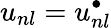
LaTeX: {u_{nl}=u_{nl}^{\bullet}}